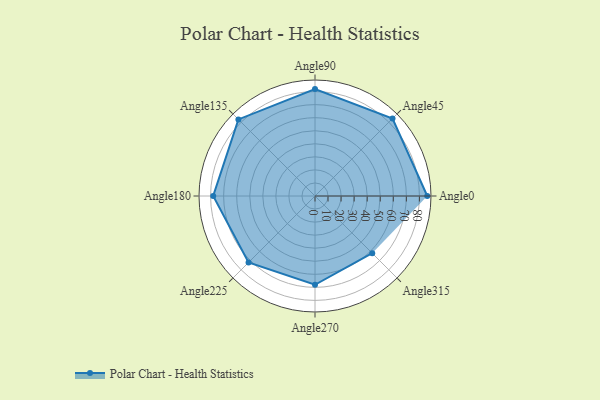
{"axis": {"x": "Angle", "y": "Radius"}, "legend": [""], "data": [{"x": "Angle0", "y": 86.0, "type": ""}, {"x": "Angle45", "y": 84.0, "type": ""}, {"x": "Angle90", "y": 82.0, "type": ""}, {"x": "Angle135", "y": 83.0, "type": ""}, {"x": "Angle180", "y": 78.0, "type": ""}, {"x": "Angle225", "y": 72.0, "type": ""}, {"x": "Angle270", "y": 68.0, "type": ""}, {"x": "Angle315", "y": 62.0, "type": ""}]}